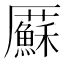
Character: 𠫋